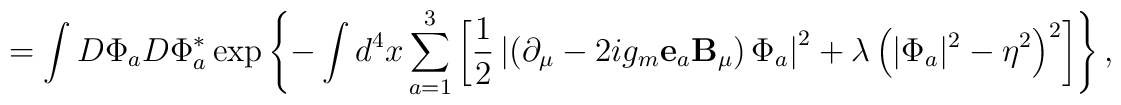
=\int D\Phi_a D\Phi_a^{*}\exp\left\{-\int d^4x\sum\limits_{a=1}^{3}\left[\frac12\left|\left(\partial_\mu-2ig_m{\bf e}_a{\bf B}_\mu\right)\Phi_a\right|^2+\lambda\left(|\Phi_a|^2-\eta^2\right)^2\right]\right\},